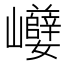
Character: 巕